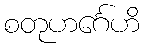
စတုဟင်္ဂေဟိ